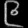
Digit: ၉